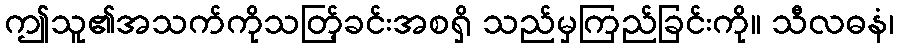
ဤသူ၏အသက်ကိုသတ်ြ့ခင်းအစရှိ သည်မှကြည်ခြင်းကို။ သီလဓနံ၊